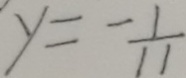
y = - \frac { 1 } { 1 1 }